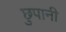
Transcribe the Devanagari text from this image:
छुपानी